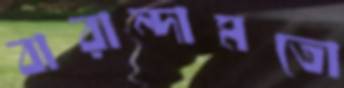
বারান্দামতো